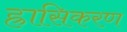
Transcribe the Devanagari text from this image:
ह्रासिकरण